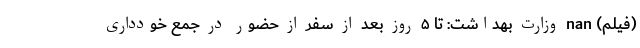
(فیلم) nan وزارت بهداشت: تا ۵ روز بعد از سفر از حضور در جمع خودداری